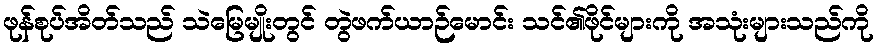
ဖုန်စုပ်အိတ်သည် သဲမြေမျိုးတွင် တွဲဖက်ယာဉ်မောင်း သင်၏ဖိုင်များကို အသုံးများသည်ကို